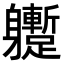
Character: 𨊝